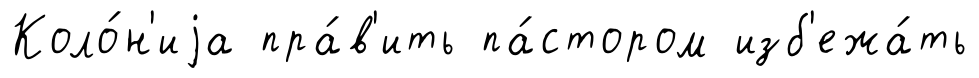
Коло́н'иjа пра́в'ить па́стором изб'ежа́ть